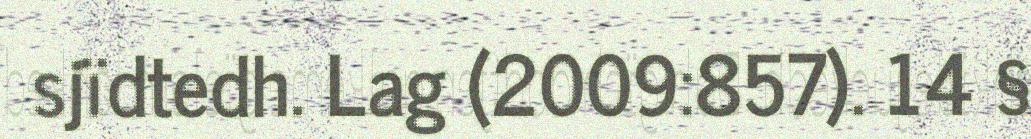
sjïdtedh. Lag (2009:857). 14 §